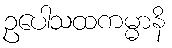
ဥပေါသထကမ္မာနိ